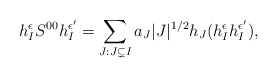
\begin{align*}h_I^{\epsilon}S^{00}h_I^{\epsilon'}=\sum_{J: J\subsetneq I} a_J|J|^{1/2}h_J(h_I^\epsilon h_I^{\epsilon'}),\end{align*}